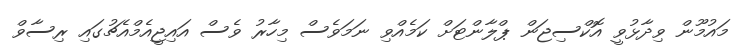
މައުމޫން ވިދާޅުވީ އޮކްސިޖަން ޕްލާންޓަށް ކަމެއްވި ނަމަވެސް މިހާރު ވެސް އައިޖީއެމްއެޗުގައި ރިސާވް